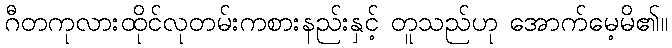
ဂီတကုလားထိုင်လုတမ်းကစားနည်းနှင့် တူသည်ဟု အောက်မေ့မိ၏။